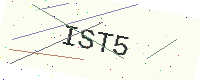
Text: IST5